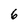
Character: 6